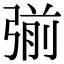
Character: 𭚿